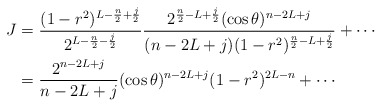
\begin{align*} J&=\frac{(1-r^2)^{L-\frac n2+\frac j2}}{2^{L-\frac n2-\frac j2}} \frac{2^{\frac n2-L+\frac j2} (\cos\theta)^{n-2L+j}}{(n-2L+j) (1-r^2)^{\frac n2-L+\frac j2}}+\cdots\\ &=\frac{2^{n-2L+j}}{n-2L+j} (\cos\theta)^{n-2L+j} (1-r^2)^{2L-n}+\cdots\end{align*}